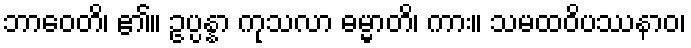
ဘာဝေတိ၊ ၏။ ဥပ္ပန္နာ ကုသလာ ဓမ္မာတိ၊ ကား။ သမထဝိပဿနာဝ၊